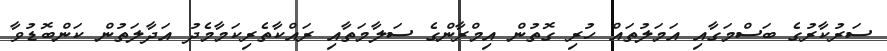
ސަރުކާރުގެ ބަސްމަގާއި އަމަލުތައް ހުރި ގޮތުން އިމްރާންގެ ސަލާމަތާއި ރައްކާތެރިކަމާމެދު އަދާލަތުން ކަންބޮޑުވާ